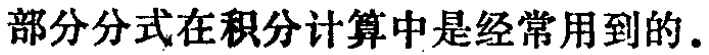
部分分式在积分计算中是经常用到的。